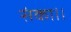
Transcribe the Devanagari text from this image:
संका।।